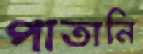
পাতানি